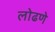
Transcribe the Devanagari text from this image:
लोढणे